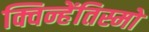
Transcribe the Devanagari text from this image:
क्विन्हेंतिस्मो